Vaccination in Burma 1912-1922 - 1912-1922
Year: 1912
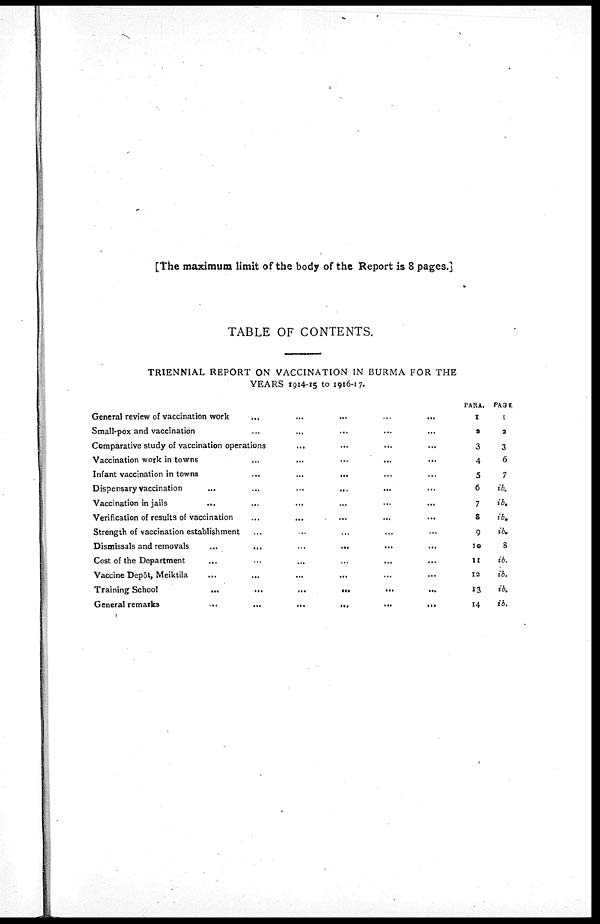
[The maximum limit of the body of the Report is 8 pages.]
TABLE OF CONTENTS.
TRIENNIAL REPORT ON VACCINATION IN BURMA FOR THE
YEARS 1914-15 to 1916-17.
General review of vaccination work
...
...
...
...
...
Small-pox and vaccination
...
...
... ... ...
Comparative study of vaccination operations
... ... ... ...
Vaccination work in towns
...
...
...
...
...
Infant vaccination in towns
...
...
... ... ...
Dispensary vaccination
...
...
... ... ... ...
Vaccination in jails ... ... ... ... ... ...
Verification of results of vaccination
...
... ... ... ...
Strength of vaccination establishment ... ... ... ... ...
Dismissals and removals
...
...
...
...
...
...
Cost of the Department
...
...
...
...
...
...
Vaccine Depôt, Meiktila
...
...
... ... ... ...
Training School
...
...
...
...
...
General remarks
...
...
...
...
...
...
PARA.
1
2
3
4
5
6
7
8
9
10
11
12
13
14
PAGE
1
2
3
6
7
ib.
ib.
ib.
ib.
8
ib.
ib.
ib.
ib.